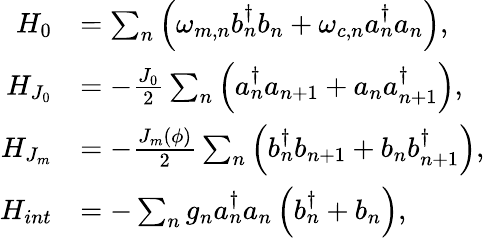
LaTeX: \begin{array}{rl}{H_{0}}&{=\sum_{n}\left(\omega_{m,n}b_{n}^{\dagger}b_{n}+\omega_{c,n}a_{n}^{\dagger}a_{n}\right),}\\ {H_{J_{0}}}&{=-\frac{J_{0}}{2}\sum_{n}\left(a_{n}^{\dagger}a_{n+1}+a_{n}a_{n+1}^{\dagger}\right),}\\ {H_{J_{m}}}&{=-\frac{J_{m}(\phi)}{2}\sum_{n}\left(b_{n}^{\dagger}b_{n+1}+b_{n}b_{n+1}^{\dagger}\right),}\\ {H_{int}}&{=-\sum_{n}g_{n}a_{n}^{\dagger}a_{n}\left(b_{n}^{\dagger}+b_{n}\right),}\end{array}